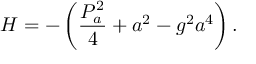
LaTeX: H = - \left( \frac { P _ { a } ^ { 2 } } { 4 } + a ^ { 2 } - g ^ { 2 } a ^ { 4 } \right) .